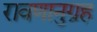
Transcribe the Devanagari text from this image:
रावणानुग्रह